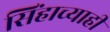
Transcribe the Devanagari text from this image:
सिंहाच्याही